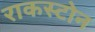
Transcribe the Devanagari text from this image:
राकस्टोन